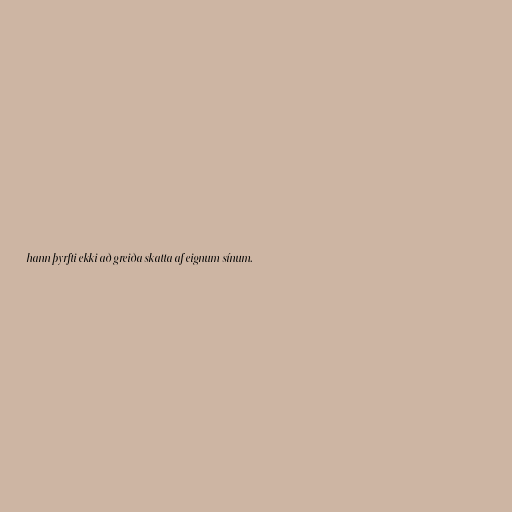
hann þyrfti ekki að greiða skatta af eignum sínum.